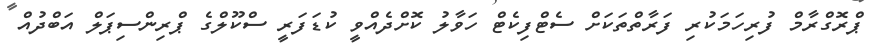
ޕްރޮގްރާމް ފުރިހަމަކުރި ފަރާތްތަކަށް ސެޓްފިކެޓް ހަވާލު ކޮށްދެއްވީ ކުޑަފަރީ ސްކޫލްގެ ޕްރިންސިޕަލް އަބްދުއް